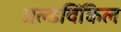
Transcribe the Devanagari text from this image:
अल्डविंकिल